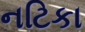
નટિકા